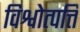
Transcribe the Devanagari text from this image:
विश्वोत्पत्ति